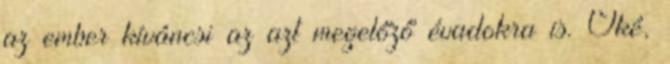
az ember kíváncsi az azt megelőző évadokra is. Oké,